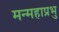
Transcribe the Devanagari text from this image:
मन्महाप्रभु